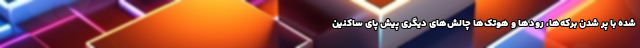
شده با پر شدن بركه‌ها، رودها و هوتك‌ها چالش‌هاي ديگري پيش پاي ساكنين